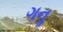
ગનૢ